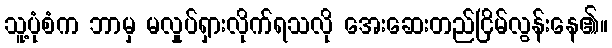
သူ့ပုံစံက ဘာမှ မလှုပ်ရှားလိုက်ရသလို အေးဆေးတည်ငြိမ်လွန်းနေ၏။